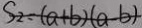
S _ { 2 } = ( a + b ) ( a - b )